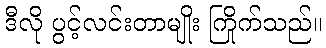
ဒီလို ပွင့်လင်းတာမျိုး ကြိုက်သည်။